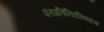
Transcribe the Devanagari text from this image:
पंतप्रतिनिधींच्याच